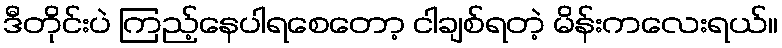
ဒီတိုင်းပဲ ကြည့်နေပါရစေတော့ ငါချစ်ရတဲ့ မိန်းကလေးရယ်။